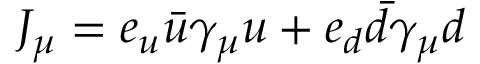
J _ { \mu } = e _ { u } \bar { u } \gamma _ { \mu } u + e _ { d } \bar { d } \gamma _ { \mu } d